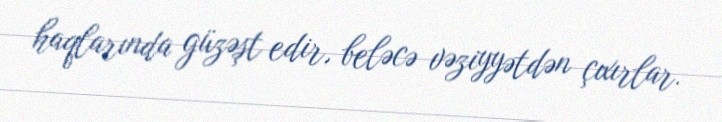
haqlarında güzəşt edir, beləcə vəziyyətdən çıxırlar.